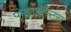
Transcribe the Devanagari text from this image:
पोकाहॉन्टस